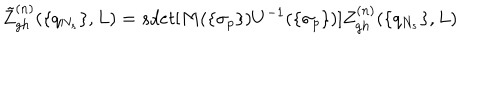
\tilde { Z } _ { g h } ^ { ( n ) } ( \{ q _ { N _ { s } } \} , L ) = s d e t [ M ( \{ \sigma _ { p } \} ) U ^ { - 1 } ( \{ \sigma _ { p } \} ) ] Z _ { g h } ^ { ( n ) } ( \{ q _ { N _ { s } } \} , L )